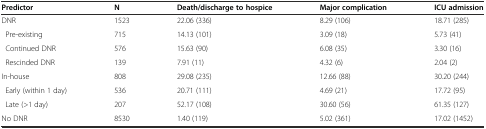
<table><thead><tr><td><b>Predictor</b></td><td><b>N</b></td><td><b>Death/discharge to hospice</b></td><td><b>Major complication</b></td><td><b>ICU admission</b></td></tr></thead><tbody><tr><td>DNR</td><td>1523</td><td>22.06 (336)</td><td>8.29 (106)</td><td>18.71 (285)</td></tr><tr><td> Pre-existing</td><td>715</td><td>14.13 (101)</td><td>3.09 (18)</td><td>5.73 (41)</td></tr><tr><td> Continued DNR</td><td>576</td><td>15.63 (90)</td><td>6.08 (35)</td><td>3.30 (16)</td></tr><tr><td> Rescinded DNR</td><td>139</td><td>7.91 (11)</td><td>4.32 (6)</td><td>2.04 (2)</td></tr><tr><td>In-house</td><td>808</td><td>29.08 (235)</td><td>12.66 (88)</td><td>30.20 (244)</td></tr><tr><td> Early (within 1 day)</td><td>536</td><td>20.71 (111)</td><td>4.69 (21)</td><td>17.72 (95)</td></tr><tr><td> Late (&gt;1 day)</td><td>207</td><td>52.17 (108)</td><td>30.60 (56)</td><td>61.35 (127)</td></tr><tr><td>No DNR</td><td>8530</td><td>1.40 (119)</td><td>5.02 (361)</td><td>17.02 (1452)</td></tr></tbody></table>